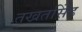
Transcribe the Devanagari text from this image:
तखतसिंह